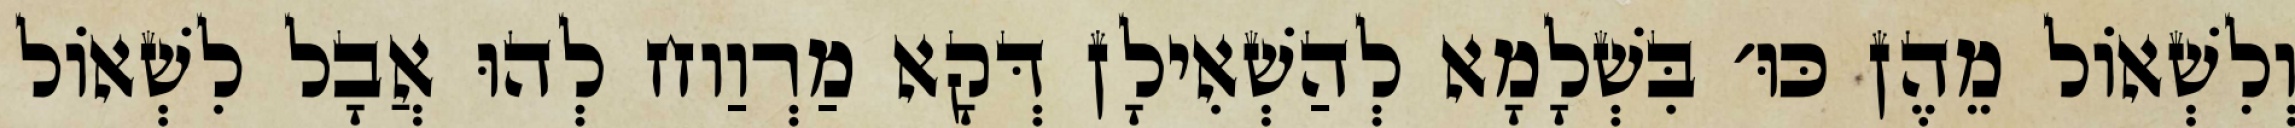
וְלִשְׁאוֹל מֵהֶן כּוּ׳ בִּשְׁלָמָא לְהַשְׁאִילָן דְּקָא מַרְוַוח לְהוּ אֲבָל לִשְׁאוֹל